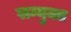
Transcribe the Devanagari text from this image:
सम्युक्त